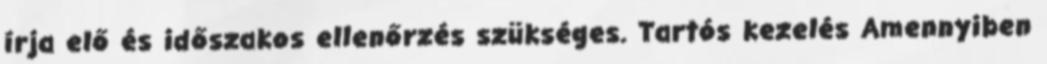
írja elő és időszakos ellenőrzés szükséges. Tartós kezelés Amennyiben